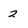
Character: 2